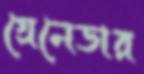
গ্রেনেডার